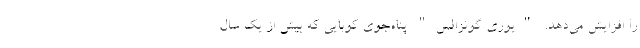
را افزایش می‌دهد. "یوری گونزالس" پناه‌جوی کوبایی که بیش از یک سال